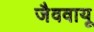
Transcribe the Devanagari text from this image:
जैववायू